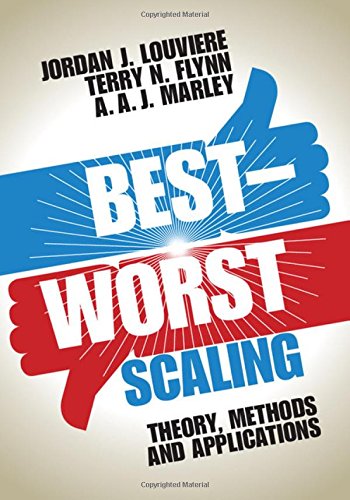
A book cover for Best-Worst Scaling: Theory, Methods and Applications; Jordan J. Louviere; Business & Money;